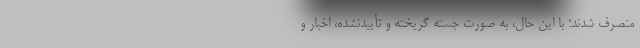
منصرف شدند؛ با این حال، به صورت جسته گریخته و تأییدنشده، اخبار و